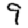
Digit: 9